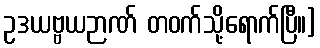
ဥဒယဗ္ဗယဉာဏ် တဝက်သို့ရောက်ပြီ။]